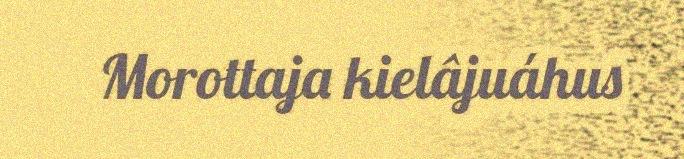
Morottaja kielâjuáhus